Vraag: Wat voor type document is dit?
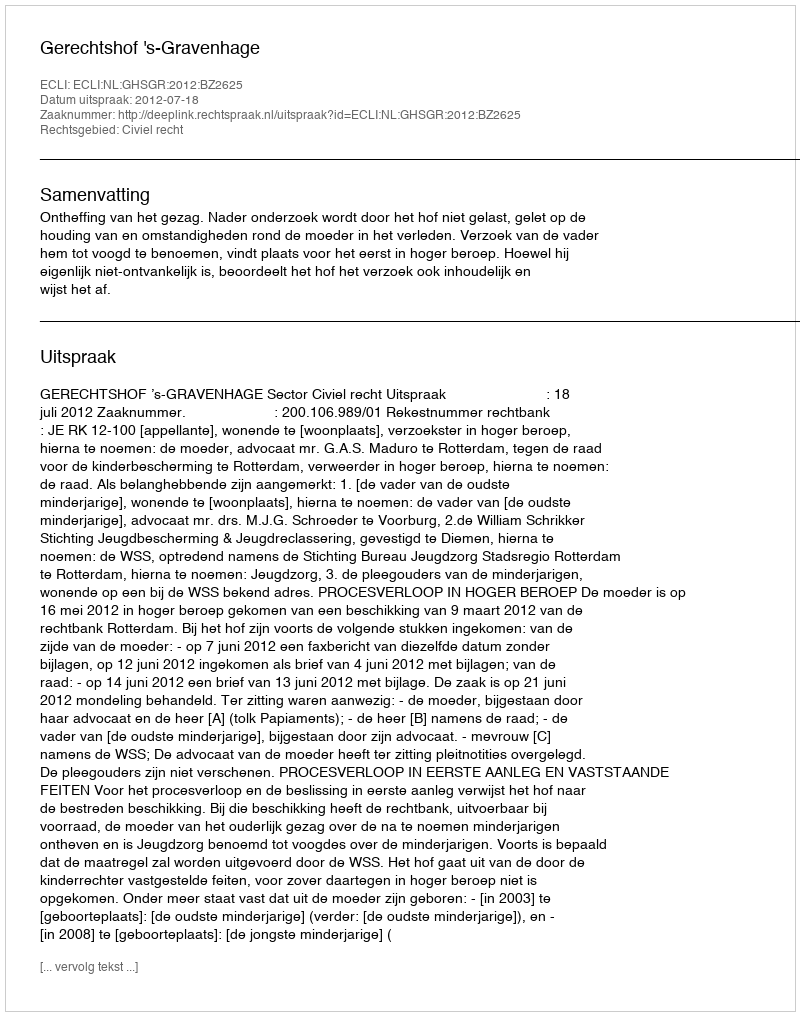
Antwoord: Uitspraak